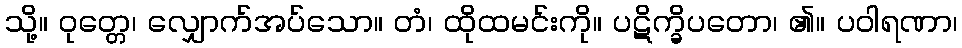
သို့။ ဝုတ္တေ၊ လျှောက်အပ်သော။ တံ၊ ထိုထမင်းကို။ ပဋိက္ခိပတော၊ ၏။ ပဝါရဏာ၊